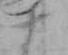
十